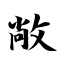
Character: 敞